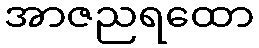
အာဇညရထော